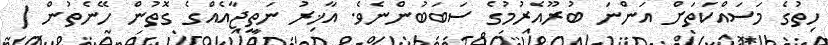
ހިތުގެ މަސައްކަތަށް އަންނަ ބުރޫއެރުމުގެ ސަބަބުންނެވެ. އާޚިރު ނަތީޖާއެއްގެ ގޮތުން ހޭނެތުން (